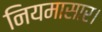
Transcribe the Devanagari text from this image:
नियमासार।